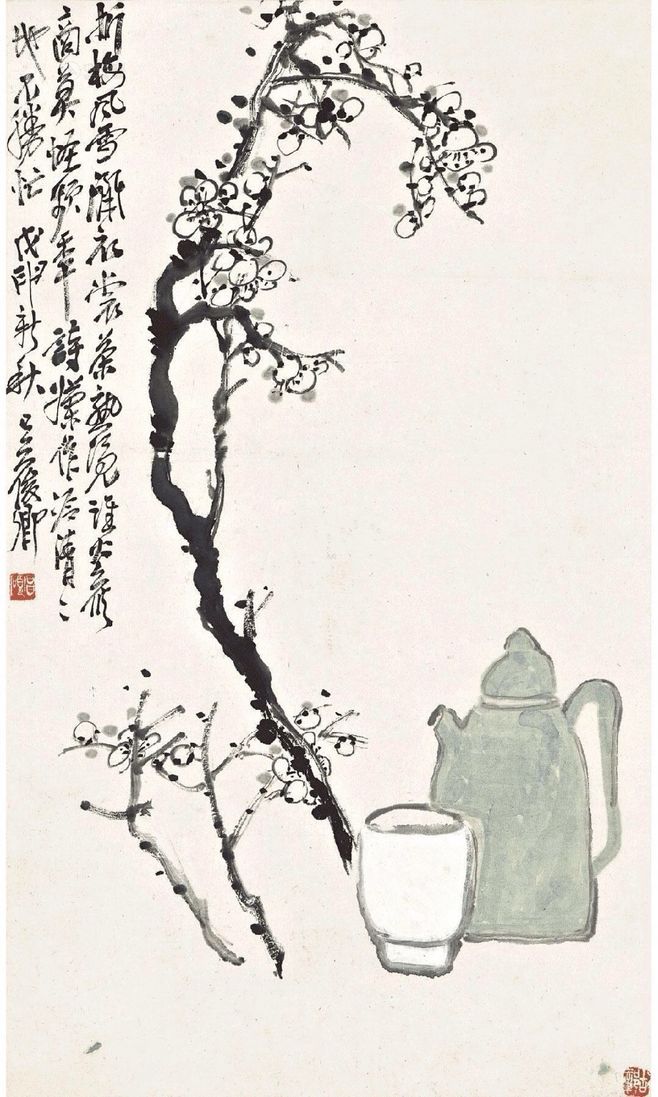
我家洗砚池边树，朵朵花开淡墨痕。